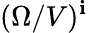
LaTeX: (\Omega/V)^{\mathbf{i}}